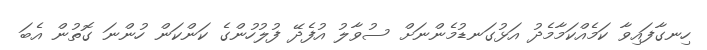
ހިނގާފައިވާ ކަމެއްކަމާމެދު އަޅުގަނޑުމެންނަށް ސުވާލު އުފެދޭ ފުލުހުންގެ ކަންކަން ހުންނަ ގޮތުން އެބަ